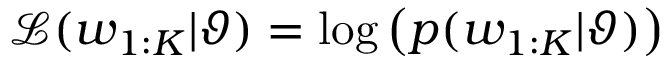
\mathcal { L } ( w _ { 1 : K } | \vartheta ) = \log \left( p ( w _ { 1 : K } | \vartheta ) \right)